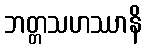
ဘတ္တသဟဿာနိ